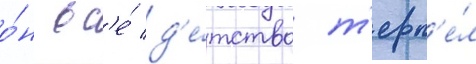
о́н вс'е́ д'е́тство т'ерп'е́л